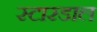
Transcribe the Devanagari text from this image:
स्टारडाल